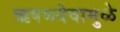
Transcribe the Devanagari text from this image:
ऋषभदेवामुळे